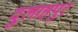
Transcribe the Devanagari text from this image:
दुलाहपुर